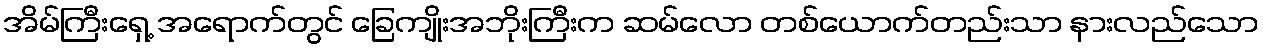
အိမ်ကြီးရှေ့ အရောက်တွင် ခြေကျိုးအဘိုးကြီးက ဆမ်လော တစ်ယောက်တည်းသာ နားလည်သော